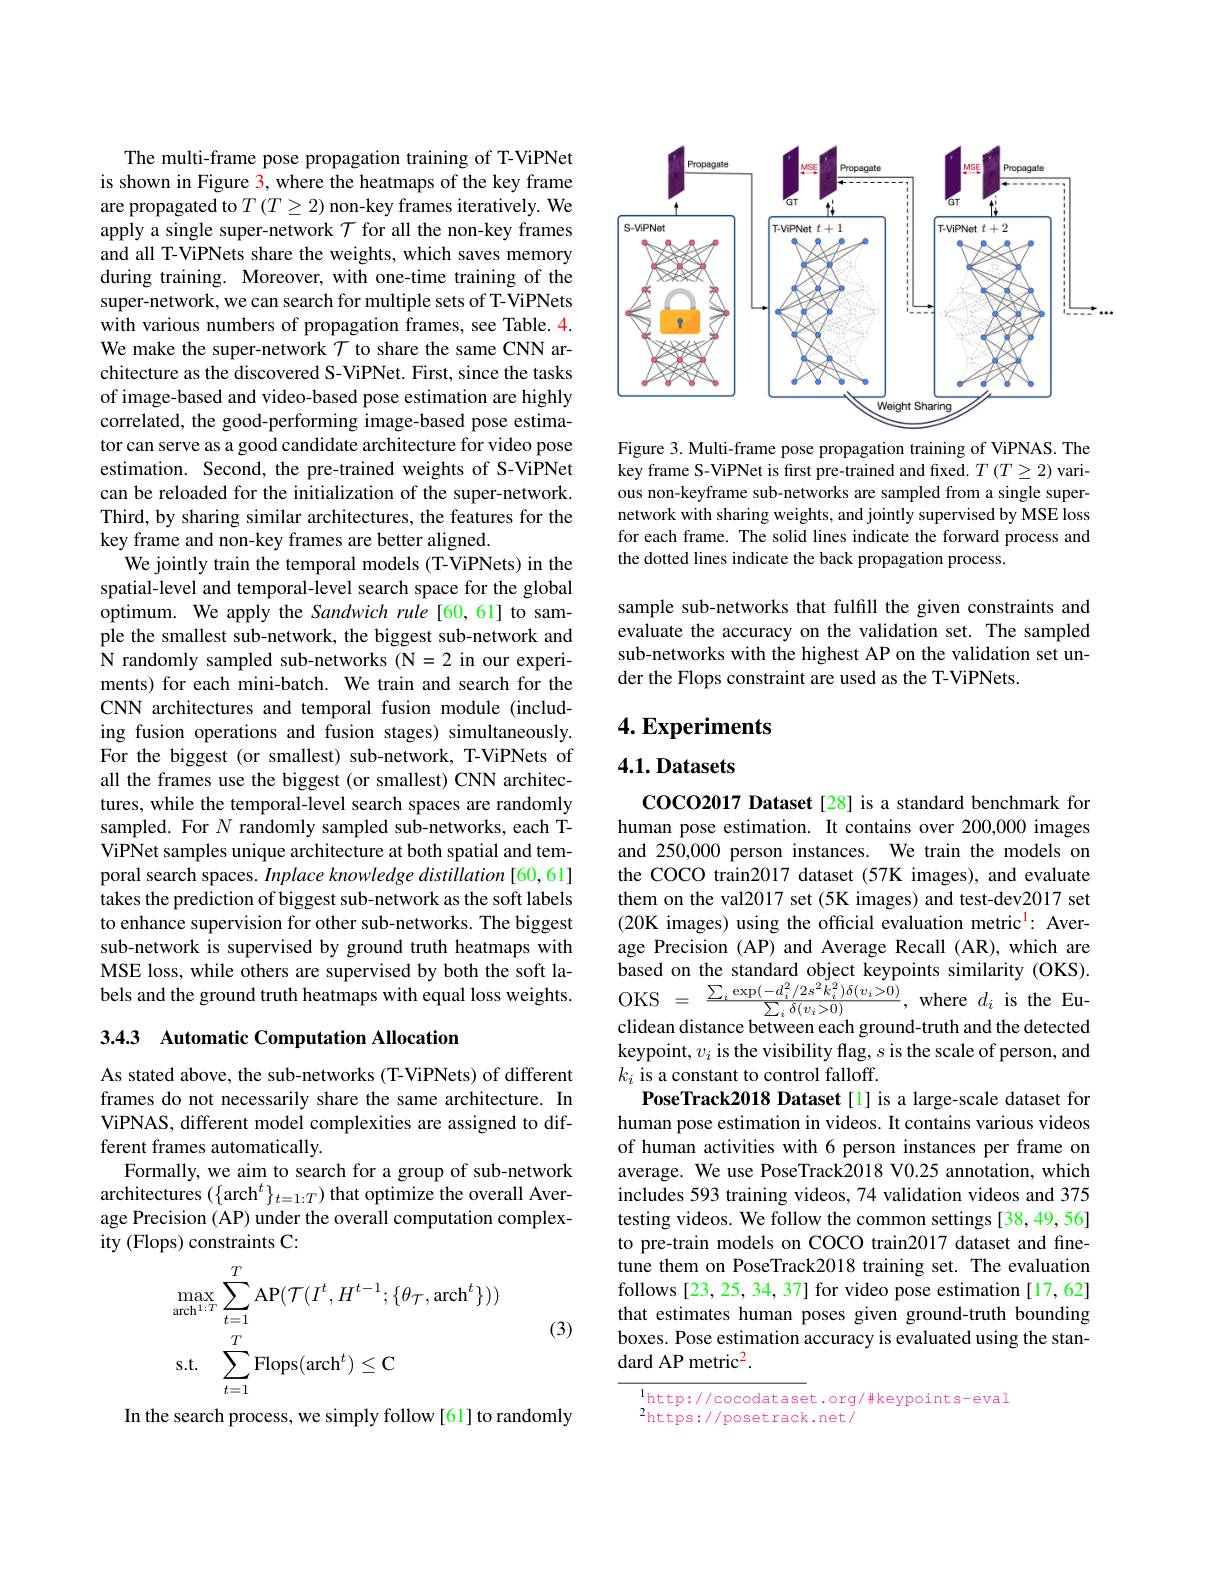
The multi-frame pose propagation training of T-ViPNet is shown in Figure 3, where the heatmaps of the key frame are propagated to $T\left(T\geq2\right)$ non-key frames iteratively. We apply a single super-network $\mathcal{T}$ for all the non-key frames and all T-ViPNets share the weights, which saves memory during training. Moreover, with one-time training of the super-network, we can search for multiple sets of T-ViPNets with various numbers of propagation frames, see Table. 4. We make the super-network $\mathcal{T}$ to share the same CNN architecture as the discovered S-ViPNet. First, since the tasks of image-based and video-based pose estimation are highly correlated, the good-performing image-based pose estimator can serve as a good candidate architecture for video pose estimation. Second, the pre-trained weights of S-ViPNet can be reloaded for the initialization of the super-network. Third, by sharing similar architectures, the features for the key frame and non-key frames are better aligned.
We jointly train the temporal models (T-ViPNets) in the spatial-level and temporal-level search space for the global optimum. We apply the Sandwich rule[60,61] to sample the smallest sub-network, the biggest sub-network and $\hat{\mathcal{N}}$ randomly sampled sub-networks (N=2 in our experiments) for each mini-batch. We train and search for the CNN architectures and temporal fusion module (including fusion operations and fusion stages) simultaneously. For the biggest (or smallest) sub-network, T-ViPNets of all the frames use the biggest (or smallest) CNN architectures, while the temporal-level search spaces are randomly sampled. For $N$ randomly sampled sub-networks, each TViPNet samples unique architecture at both spatial and temporal search spaces. Inplace knowledge distillation [60, 61] takes the prediction of biggest sub-network as the soft labels to enhance supervision for other sub-networks. The biggest sub-network is supervised by ground truth heatmaps with MSE loss, while others are supervised by both the soft labels and the ground truth heatmaps with equal loss weights. 3.4.3 Automatic Computation Allocation

As stated above, the sub-networks (T-ViPNets) of different frames do not necessarily share the same architecture. In ViPNAS, different model complexities are assigned to different frames automatically.
Formally, we aim to search for a group of sub-network architectures $(\{\mathrm{arch}^{t}\}_{t=1:T})$ that optimize the overall Average Precision (AP) under the overall computation complexity (Flops) constraints C:
$$\begin{aligned}&\max_{\mathrm{arch}^{1:T}}\sum_{t=1}^{T}\mathrm{AP}(\mathcal{T}(I^{t},H^{t-1};\{\theta_{\mathcal{T}},\mathrm{arch}^{t}\}))\\&\mathrm{s.t.}\quad\sum_{t=1}^{T}\mathrm{Flops}(\mathrm{arch}^{t})\leq\mathrm{C}\end{aligned}$$
(3)

In the search process, we simply follow [61] to randomly

<FigureHere>

Figure 3. Multi-frame pose propagation training of ViPNAS. The key frame S-ViPNet is first pre-trained and fixed. $T\left(T\geq2\right)$ various non-keyframe sub-networks are sampled from a single supernetwork with sharing weights, and jointly supervised by MSE loss for each frame. The solid lines indicate the forward process and the dotted lines indicate the back propagation process.

sample sub-networks that fulfill the given constraints and evaluate the accuracy on the validation set. The sampled sub-networks with the highest AP on the validation set under the Flops constraint are used as the T-ViPNets.

## $4. \textbf{Experiments}$

# 4.1. Datasets

coco2017 Dataset [28] is a standard benchmark for human pose estimation. It contains over 200,000 images and 250,000 person instances. We train the models on the COCO train2017 dataset (57K images), and evaluate them on the val2017 set (5K images) and test-dev2017 set (20K images) using the official evaluation metric$^{\mathrm{l}}:$ Average Precision (AP) and Average Recall (AR), which are based on the standard object keypoints similarity (OKS). OKS $=\frac{\sum_{i}\exp(-d_{i}^{2}/2s^{2}k_{i}^{2})\delta(v_{i}>0)}{\sum_{i}\delta(v_{i}>0)}$,where$d_{i}$istheEuclidean distance between each ground-truth and the detected keypoint, $v_i$ is the visibility flag, $s$ is the scale of person, and $k_i$ is a constant to control falloff.
PoseTrack2018 Dataset [l] is a large-scale dataset for human pose estimation in videos. It contains various videos of human activities with 6 person instances per frame on average. We use PoseTrack2018 V0.25 annotation, which includes 593 training videos, 74 validation videos and 375 testing videos. We follow the common settings[38,49,56] to pre-train models on COCO train2017 dataset and finetune them on PoseTrack2018 training set. The evaluation follows [23, 25, 34, 37] for video pose estimation [17, 62] that estimates human poses given ground-truth bounding boxes. Pose estimation accuracy is evaluated using the standard AP metric$^2.$

lhttp://cocodataset.org/#keypoints-eval
$^{2}$https://posetrack.net/